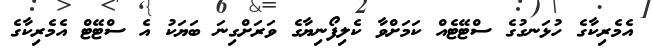
އެމެރިކާގެ ހުޅަނގުގެ ސްޓޭޓެއް ކަމަށްވާ ކެލިފޯނިޔާގެ ވަރަށްގިނަ ބަޔަކު އެ ސްޓޭޓް އެމެރިކާގެ